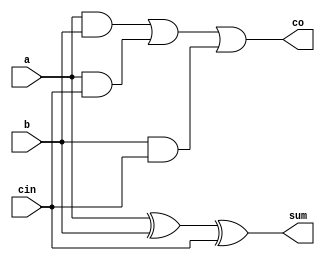
//FA Code your design here

module fa(a,b,cin,sum,co);
  input a,b,cin;
  output sum,co;
  assign sum=a^b^cin;
  assign co=(a&b)|(a&cin)|(b&cin);
endmodule

//XOR gate

module xorgate(y,a,b);
  input a,b;
  output y;
  assign y=a^b;
endmodule

// Adder cum subtract 4-bit

module adderCUMsub4bit(a,b,control,sumDiff,carry_borrow);
  input [3:0]a,b;
  input control;
  output [3:0]sumDiff;
  output carry_borrow;
  wire [3:0]bcomp;
  
  
  xorgate ins1(bcomp[0],control,b[0]);
  xorgate ins2(bcomp[1],control,b[1]);
  xorgate ins3(bcomp[2],control,b[2]);
  xorgate ins4(bcomp[3],control,b[3]);
  
  fa fa1(a[0],bcomp[0],control,sumDiff[0],c1);
  fa fa2(a[1],bcomp[1],c1,sumDiff[1],c2);
  fa fa3(a[2],bcomp[2],c2,sumDiff[2],c3);
  fa fa4(a[3],bcomp[3],c3,sumDiff[3],carry_borrow);
endmodule


// Code your testbench here

`timescale 1ns/1ns
module test;
  reg [3:0]a,b;
  reg control;
  wire [3:0]sumDiff;
  wire carry_borrow;
  
  adderCUMsub4bit ins1(a,b,control,sumDiff,carry_borrow);
  
  initial begin 
  a=8; b=7;control=0;
  #10 control=1;
  #5 a=7; b=8;control=0;
    #10 control=1;
  
  end
  
  initial
    $monitor("a=%b, b=%b, control=%b,sumDiff=%b,carry_borrow=%b",a,b,control,sumDiff,carry_borrow);
endmodule